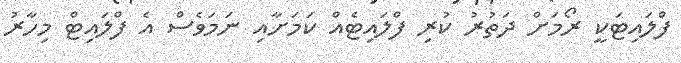
ފްލައިޓަކީ ރޯމަށް ދަތުރު ކުރި ފްލައިޓެއް ކަމަށާއި ނަމަވެސް އެ ފްލައިޓް މިހާރު